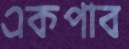
একপাব